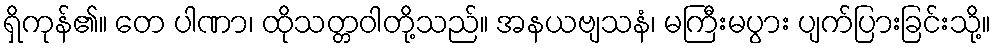
ရှိကုန်၏။ တေ ပါဏာ၊ ထိုသတ္တဝါတို့သည်။ အနယဗျသနံ၊ မကြီးမပွား ပျက်ပြားခြင်းသို့။